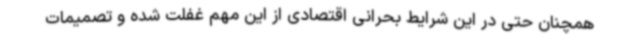
همچنان حتی در این شرایط بحرانی اقتصادی از این مهم غفلت شده و تصمیمات